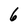
Character: 6